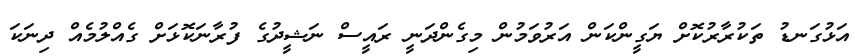
އަޅުގަނޑު ތަކުރާރުކޮށް ޔަގީންކަން އަރުވަމުން މިގެންދަނީ ރައީސް ނަޝީދުގެ ފުރާނަކޮޅަށް ގެއްލުމެއް ދިނަކަ